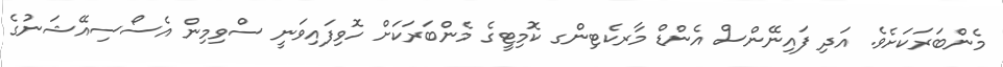
މެންބަރަކަށެވެ. އަދި ފައިނޭންސް އެންޑް މާރކެޓިންގ ކޮމިޓީގެ މެންބަރަކަށް ހޮވިފައިވަނީ ސްވިމިން އެސޯސިއޭޝަނުގެ